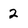
Character: 2